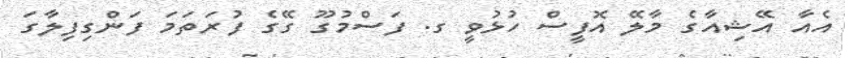
އެއާ އޭޝިއާގެ މާލޭ އޮފީސް ހުޅުވީ ގ. ފަސްމުގޫ ގޭގެ ފުރަަތަމަ ފަންގިފިލާގަ